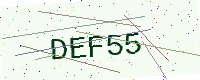
Text: DEF55